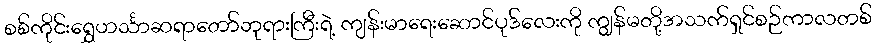
စစ်ကိုင်းရွှေဟင်္သာဆရာတော်ဘုရားကြီးရဲ့ ကျန်းမာရေးဆောင်ပုဒ်လေးကို ကျွန်မတို့အသက်ရှင်စဉ်ကာလတစ်